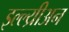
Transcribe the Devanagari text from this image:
इल्ल्य्रीअन